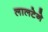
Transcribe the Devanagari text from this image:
लालटेने